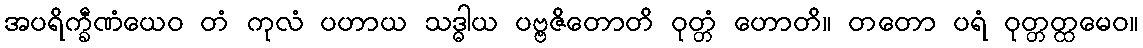
အပရိက္ခီဏံယေဝ တံ ကုလံ ပဟာယ သဒ္ဓါယ ပဗ္ဗဇိတောတိ ဝုတ္တံ ဟောတိ။ တတော ပရံ ဝုတ္တတ္ထမေဝ။